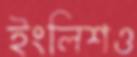
ইংলিশও